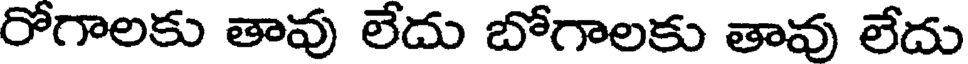
రోగాలకు తావు లేదు బోగాలకు తావు లేదు